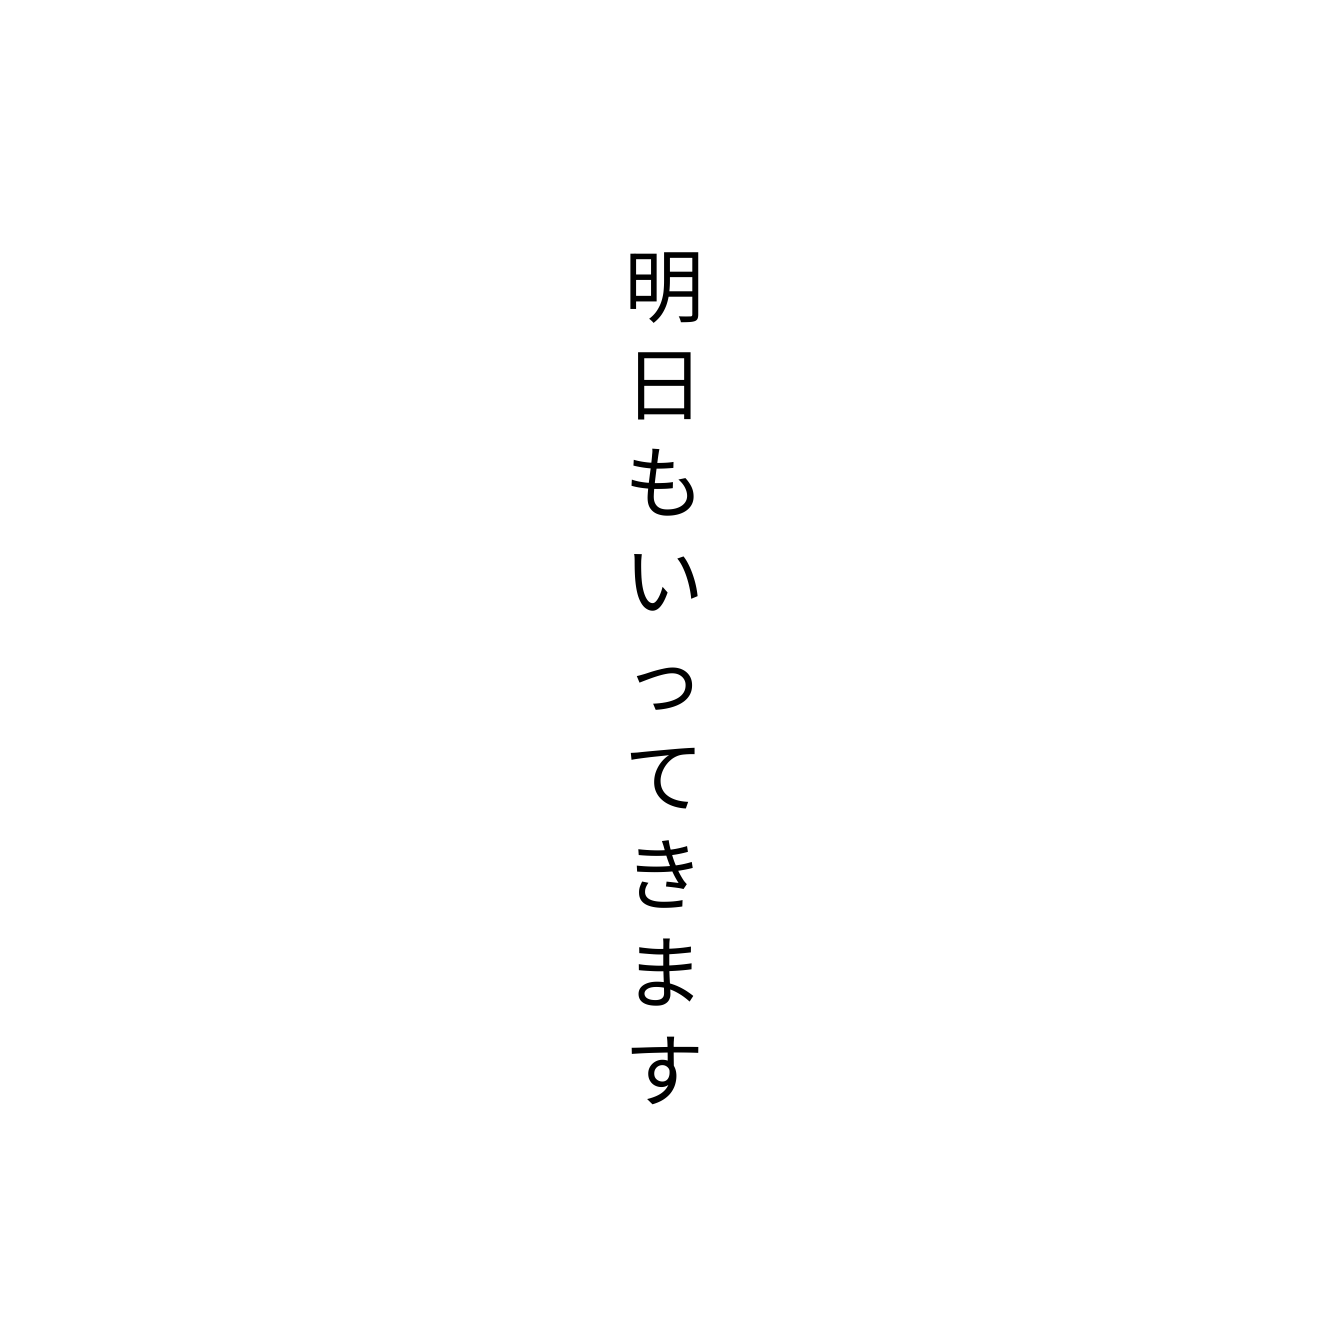
明日もいってきます